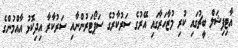
އާޓިފިޝަލް ބީޗުގައި ކުރި މުޒާހަރާގައި އޭރުގެ ސަރުކާރުގެ ސަޕޯޓަރުންނާއި ސަރުކާރާ އިދިކޮޅު އާއްމުންގެ